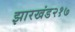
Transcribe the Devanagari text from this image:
झारखंड२१७